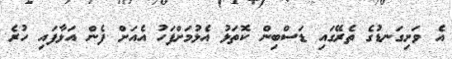
އެ ވަށިގަނޑުގެ ތެރޭގައި ޑަސްބިން ކޮތަޅު އެޅުމަށްފަހު އެއަށް ފެން އަޅާފައި ހުރެ